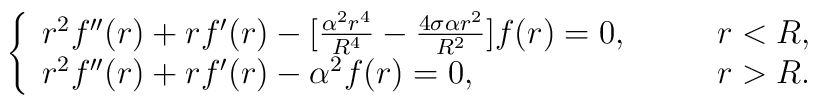
\left\{ \begin{array}{ll}r^2 f''(r) + rf'(r) - [\frac{\alpha^2r^4}{R^4}-\frac{4\sigma\alpha r^2}{R^2}]f(r) = 0, & \qquad r<R, \\r^2 f''(r) + rf'(r) - \alpha^2 f(r) = 0, & \qquad r>R.\end{array} \right.